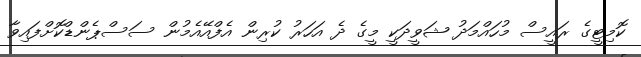
ކޮމިޓީގެ ރައީސް މުހައްމަދު ޝަވީދަކީ މީގެ ދެ އަހަރު ކުރިން އެފްއޭއެމުން ސަސްޕެންޑްކޮށްފައިވާ